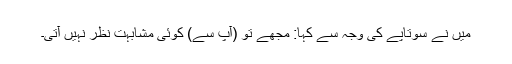
میں نے سوتاپے کی وجہ سے کہا: مجھے تو (آپ سے) کوئی مشابہت نظر نہیں آتی۔